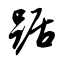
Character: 踞